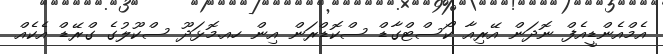
އެމްއެންޑީއެފް ނޮދަން އޭރިއާ ކޯސްޓްގާޑް ސްކޮޑްރަން އިން ހއ.މޮޅަދޫ ސްކޫލުގެ ގްރޭޑް އެކެއް